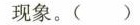
现象。（）